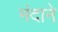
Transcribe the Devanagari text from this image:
मंदाने